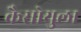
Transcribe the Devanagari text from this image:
कैसोयुला